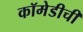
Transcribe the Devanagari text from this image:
कॉमेडीची